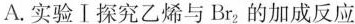
A.实验Ⅰ探究乙烯与Br_{2}的加成反应